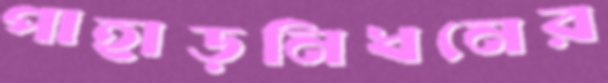
পাহাড়নিধনের